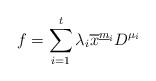
\begin{align*}f = \sum_{i=1}^t\lambda_i\overline{x}^{\underline{m}_i}D^{\mu_i}\end{align*}